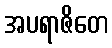
အပရာဇိတေ